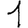
Digit: 1